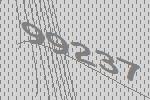
99237